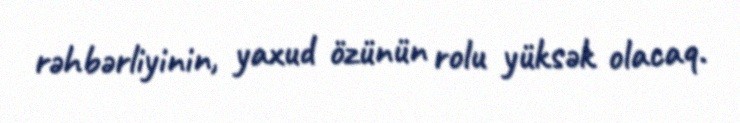
rəhbərliyinin, yaxud özünün rolu yüksək olacaq.